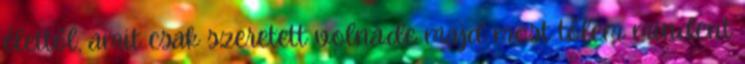
élettől, amit csak szeretett volna.de majd most tőlem mindent